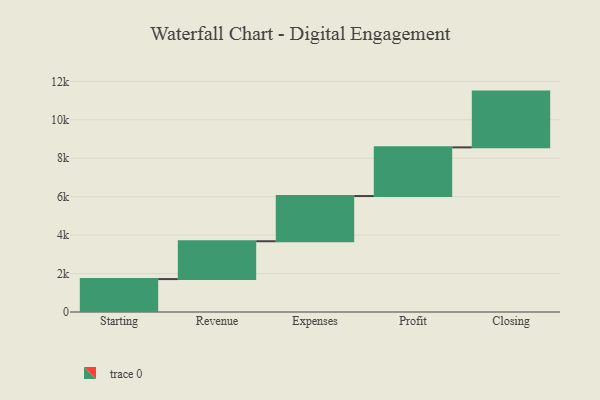
{"axis": {"x": "Step", "y": "Value"}, "legend": [""], "data": [{"x": "Starting", "y": 1713.0, "type": ""}, {"x": "Revenue", "y": 1969.0, "type": ""}, {"x": "Expenses", "y": 2352.0, "type": ""}, {"x": "Profit", "y": 2533.0, "type": ""}, {"x": "Closing", "y": 2902.0, "type": ""}]}